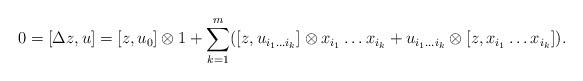
LaTeX: \begin{align*}0 = [\Delta z, u] = [z, u_0]\otimes 1 + \sum^m_{k=1}([z, u_{i_1\dots i_k}]\otimes x_{i_1}\dots x_{i_k}+ u_{i_1\dots i_k}\otimes [z, x_{i_1}\dots x_{i_k}]).\end{align*}